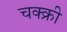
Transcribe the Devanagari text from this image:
चक्क्री